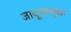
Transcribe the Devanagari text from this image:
जादूचासुद्धा